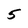
Character: 5